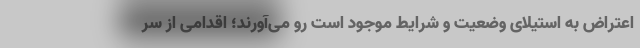
اعتراض به استیلای وضعیت و شرایط موجود است رو می‌آورند؛ اقدامی از سر